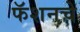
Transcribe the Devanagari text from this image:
फॅशनचे